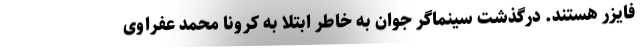
فایزر هستند. درگذشت سینماگر جوان به خاطر ابتلا به کرونا محمد عفراوی